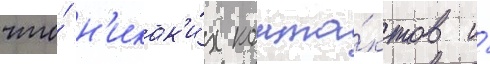
что́ н'икак'и́х конта́ктов и́